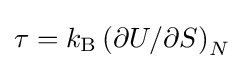
\tau =k_{\text{B}}\left(\partial U/\partial S\right)_{N}